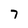
Character: 7